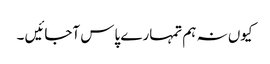
کیوں نہ ہم تمہارے پاس آجائیں ۔